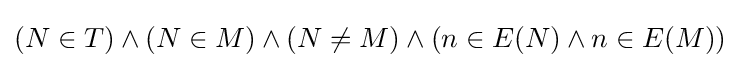
(N\in T)\land (N\in M)\land (N\neq M)\land (n\in E(N)\land n\in E(M))